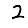
Digit: 2